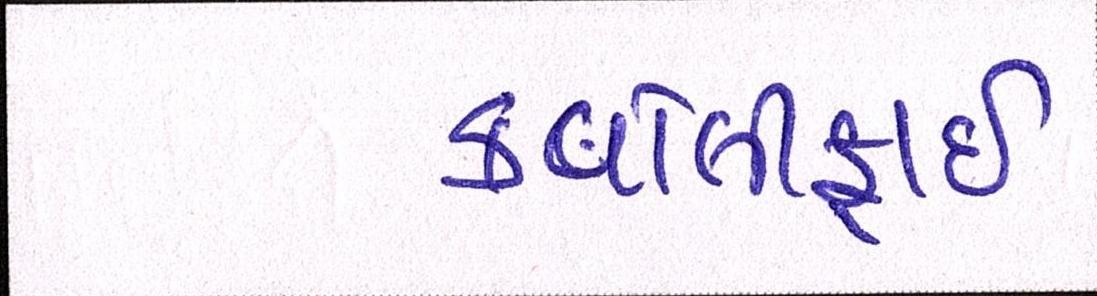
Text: કવોલીફાઈ